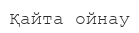
Қайта ойнау